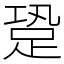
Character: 跫